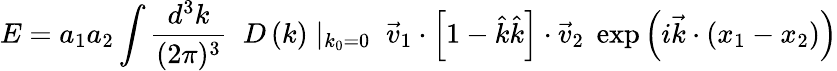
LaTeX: E=a_{1}a_{2}\int{\frac{d^{3}k}{(2\pi)^{3}}}\; \; D\left(k\right)\mid_{k_{0}=0}\; {\vec{v}}_{1}\cdot\left[1-{\hat{k}}{\hat{k}}\right]\cdot{\vec{v}}_{2}\; \exp\left(i{\vec{k}}\cdot\left(x_{1}-x_{2}\right)\right)